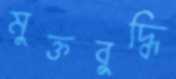
মুক্তবুদ্ধি